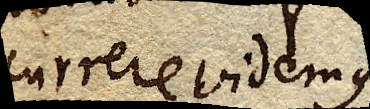
currere videmus.